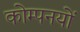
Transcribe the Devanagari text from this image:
कोम्पनयों